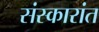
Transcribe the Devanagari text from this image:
संस्कारांत